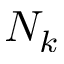
N _ { k }